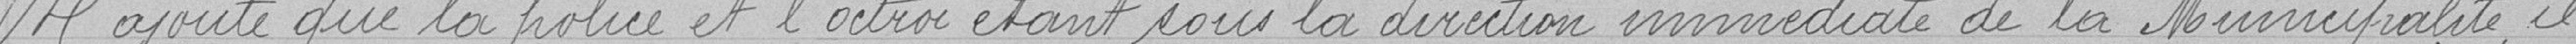
Il ajoute que la police et l'octroi étant sous la direction immédiate de la Municipalité, il